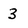
Character: 3